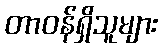
တာဝန်ရှိသူများ